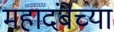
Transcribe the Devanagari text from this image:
महादंबेच्या